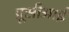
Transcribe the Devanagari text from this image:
प्रूसीआई